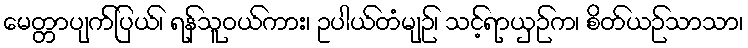
မေတ္တာပျက်ပြယ်၊ ရန်သူဝယ်ကား၊ ဥပါယ်တံမျဉ်၊ သင့်ရာယှဉ်က၊ စိတ်ယဉ်သာသာ၊